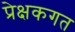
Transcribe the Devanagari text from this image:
प्रेक्षकगत